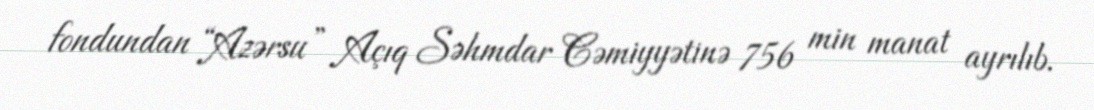
fondundan “Azərsu” Açıq Səhmdar Cəmiyyətinə 756 min manat ayrılıb.